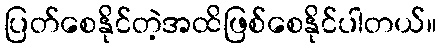
ပြတ်စေနိုင်တဲ့အထိဖြစ်စေနိုင်ပါတယ်။